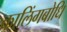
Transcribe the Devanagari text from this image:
कालिंगबोधि